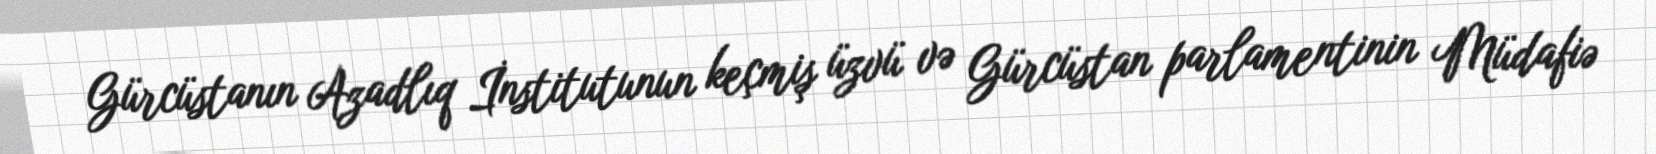
Gürcüstanın Azadlıq İnstitutunun keçmiş üzvü və Gürcüstan parlamentinin Müdafiə